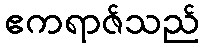
ဧကရာဇ်သည်